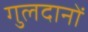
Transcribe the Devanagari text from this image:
गुलदानों